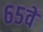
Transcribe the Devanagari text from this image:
६५वें